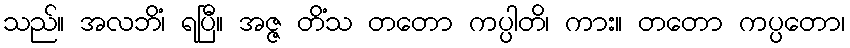
သည်။ အလဘိံ၊ ရပြီ။ အဇ္ဇ တိံသ တတော ကပ္ပါတိ၊ ကား။ တတော ကပ္ပတော၊